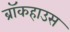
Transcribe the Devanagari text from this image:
ब्रॉकहाउस